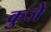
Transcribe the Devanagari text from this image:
कुजे